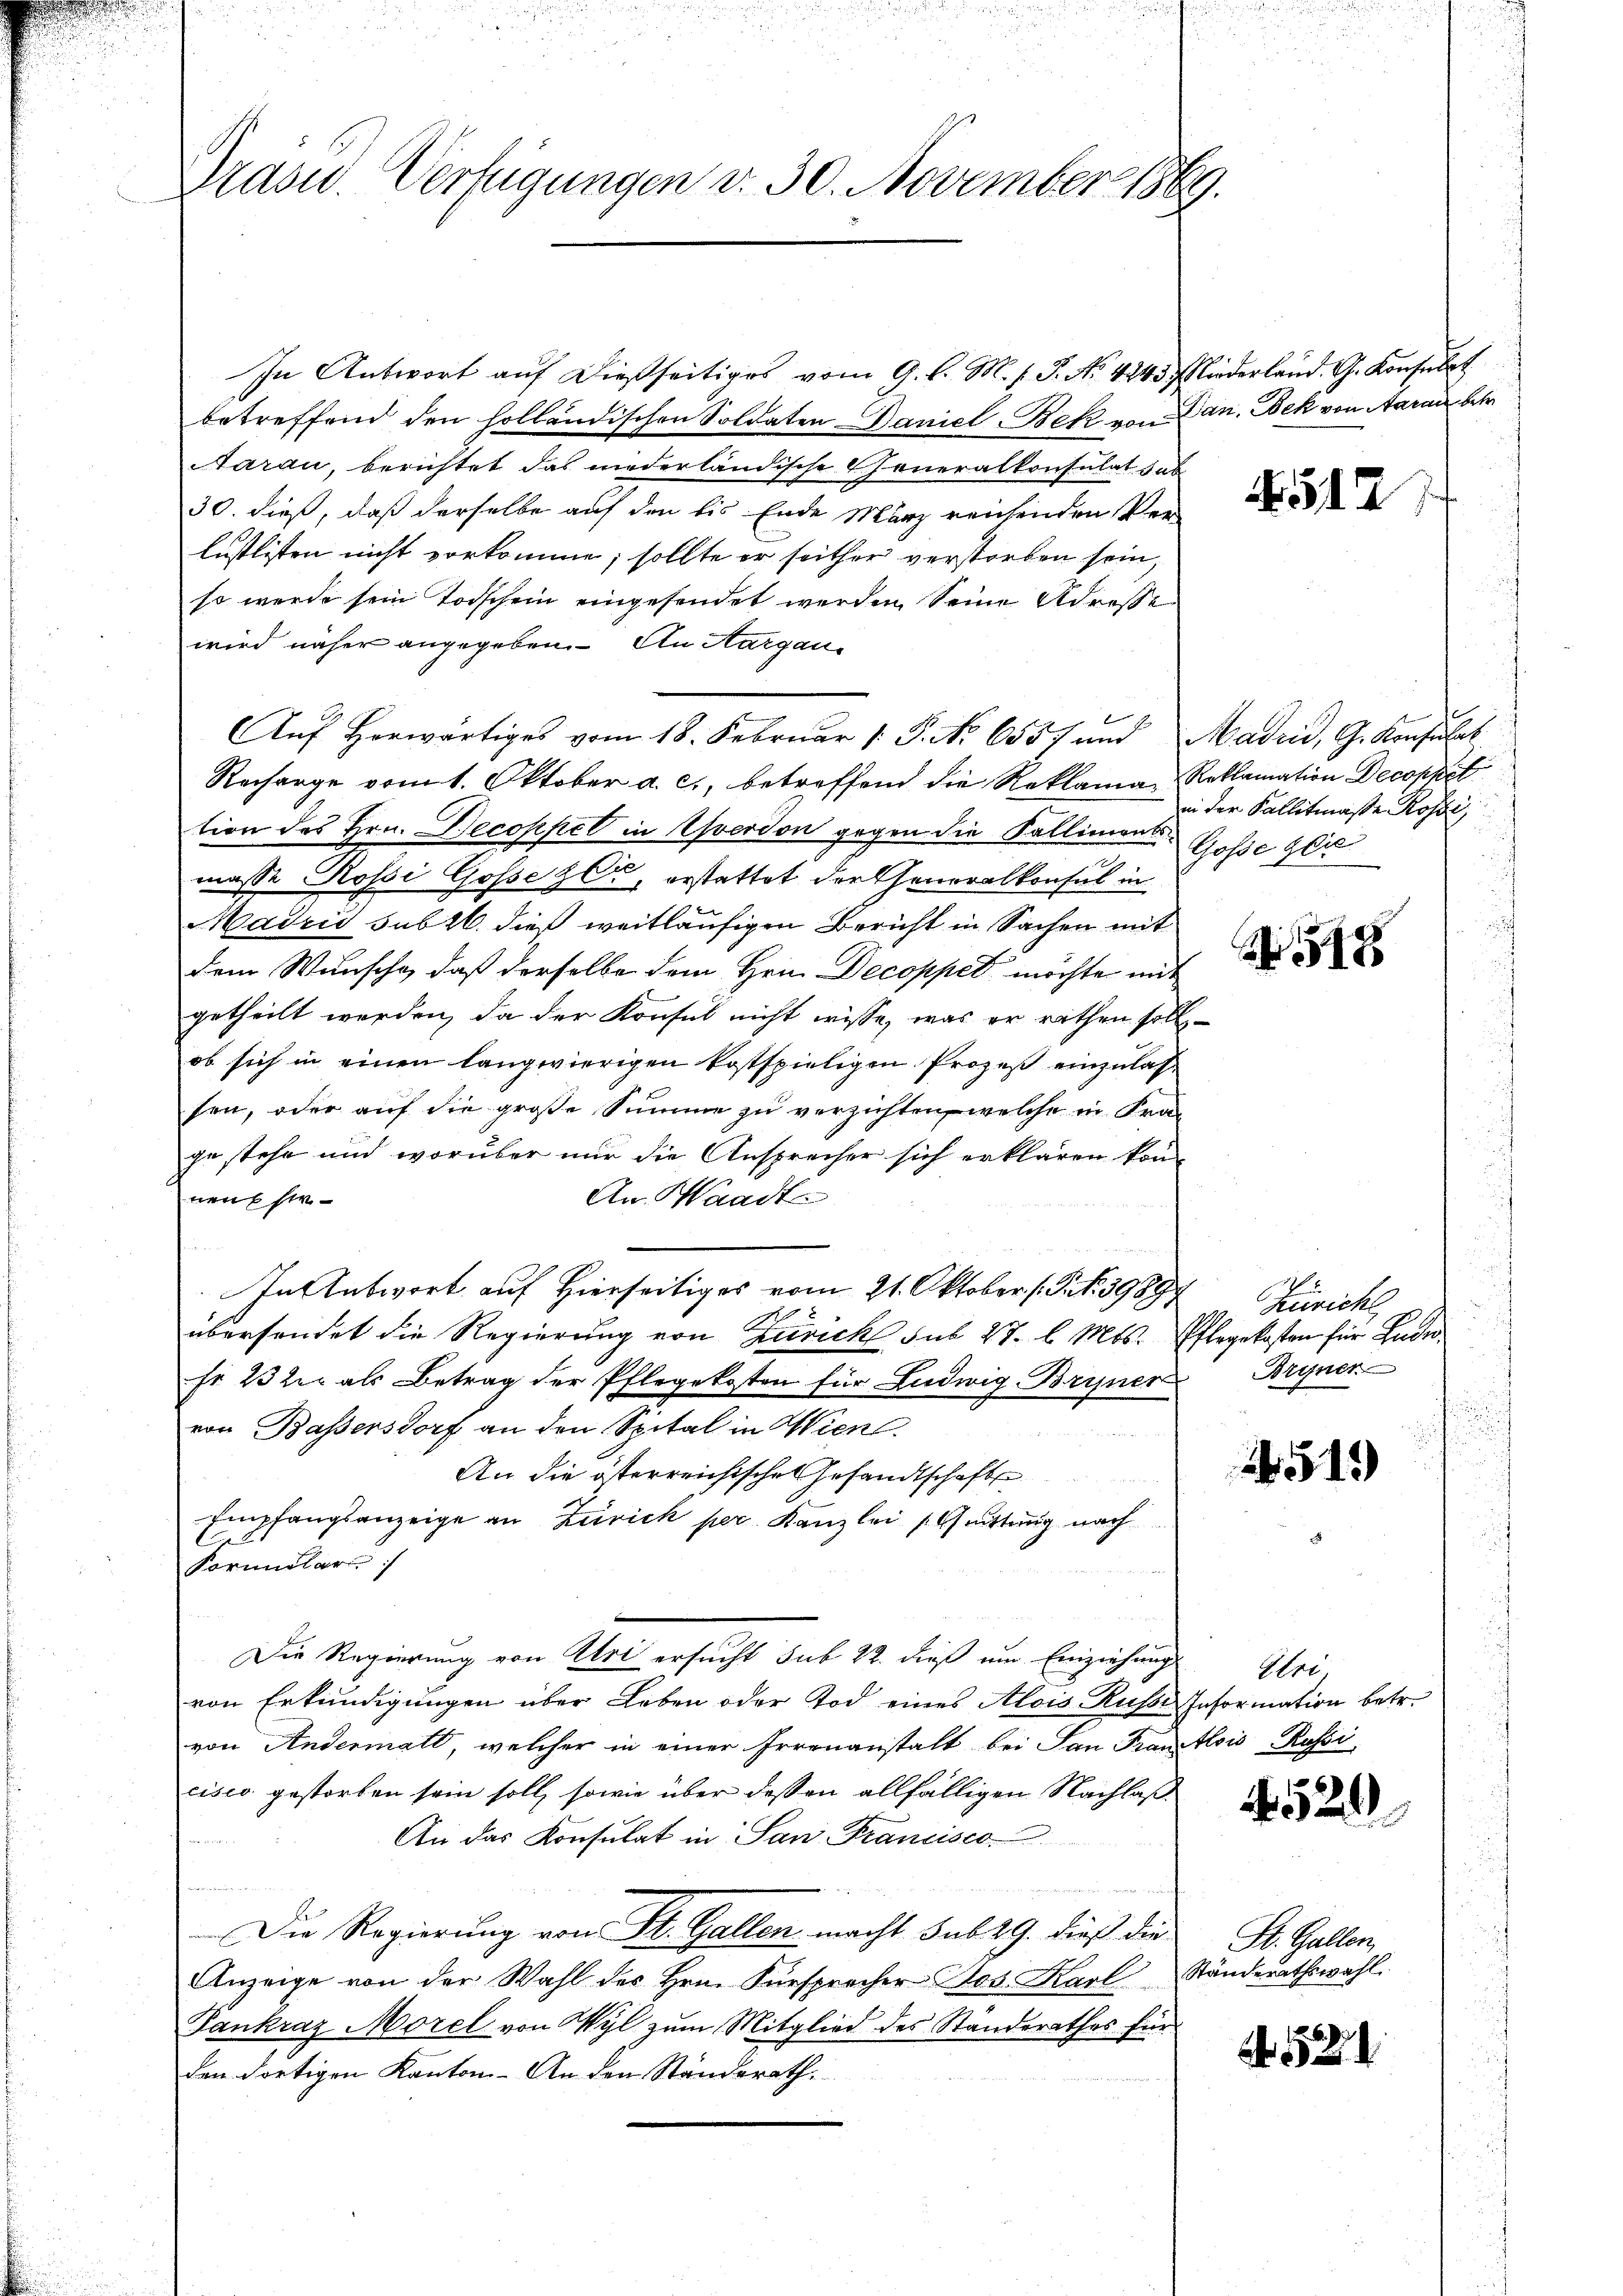
Präsid.. Verfügungen v. 30. November 1889.

In Antwort auf dießseitiges vom 9. l. M. h. T. No 4243, Niederland. G. Konsulat
betreffend den holländischen Soldaten Baniel Bek von Dan. Dek von Aarau betr.
Aarau, berichtet das niederländische Generalkonsulat hab
30. dieß, daß derselbe auf den bis Ende März reichenden Ver-
lustlisten nicht vorkomme; sollte er seither verstorben sein,
so wurde sein Todschein eingesendet werden seine Adresse
wird näher angegeben. An Margau¬
Aŭf Horwärtiges vom 18. Febrŭar 1. P. Nr. 6557 und Madrid, G. Konsulat
Recharge vom 1. Oktober a. c., betreffend die Reklama, Roklamation Decoppel
tion des Hrn. Becoppel in Yverdon gegen die Kallimentsmasse Rossi Gosseze, erstattet der Generalkonsul in
MMadrid sub 16. dieß weitläufigen Bericht in Sachen mit
dem Wunsche, daß derselbe dem Hrn. Decoppet möchte mit
getheilt werden, da der Konsul nicht wisse, was er räthen soll
ob sich in einen langwierigen kostspieligen Prozeß einzulassen, oder auf die große Summe zu verzichten, welche in Fragestehe und worüber nur die Ansprecher sich erklären konnens str
An Waadte
In Antwort auf Hierseitiges vom 21. Oktober (S. 39897
übersendet die Regierung von Zürich sub 27. d. Mts. Pflegekosten für Gade¬
Fr 23 der als Betrag der Pflegekosten für Ludwig Bryner Brynen
von Bassersdorf an den Spital in Wien.
An die österreichische Gesandtschaft
u
Empfangsanzeige an Zürich per. Kanzlei (Guittung nach
Formular
u
Die Regierung von Uri ersucht sub 22. dieß um Einziehungs
von Erkundigungen über Leben oder Tod eines Alois Russes Information betr.
von Andermatt, welcher in einer Irrenanstalt bei San Frantlois Kassi
cisco gestorben sein soll, sowie über dessen allfälligen Nachlaß¬
An das Konsulat in San Francisco

Die Regierung von St. Gallen macht sub 29. dieß die
Anzeige von der Wahl des Hrn. Fürsprecher Jos. Karl Ständerathswahl.
Pankraz Morel von Wyl zum Mitglied des Standsrathes für
den dortigen Kanton. An den Ständerath,

512

in der Kallitmasse Rosse,
Goße ger

N 518

Züricht

519)

Etri

4520

St. Gallen

521